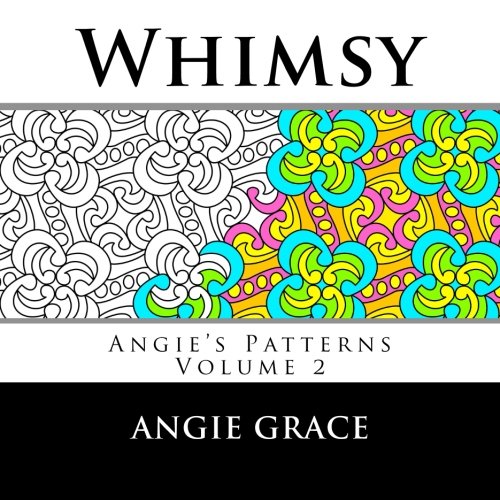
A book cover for Whimsy (Angie's Patterns, Vol. 2); Angie Grace; Crafts, Hobbies & Home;